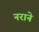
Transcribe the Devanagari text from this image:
नराने